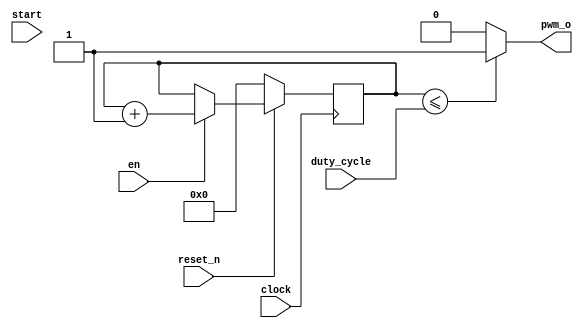
//                              -*- Mode: Verilog -*-
// Description     : test of pwm in verilog
// Author          : 
// Last Modified By: 
// Update Count    : 0
// Status          : Unknown, Use with caution!


module pwm (
	    reset_n,  // 
	    clock,
	    start,
	    en,
	    duty_cycle,
	    pwm_o);

   //  Inputs
   input reset_n;
   input clock;
   input start;
   input en;
   input [7:0] duty_cycle;
   
   
   // Outputs
   output      pwm_o;

   // Wires
   reg 	       start_s;
   wire        start_re;
   

   // Regs
   reg [7:0]   counter;

   // Output affectation
   assign pwm_o = (counter <= duty_cycle) ? 1 : 0;
   

   /* -----\/----- EXCLUDED -----\/-----
    always @(posedge clock)
    begin
    if(!reset_n) 
    start_s <= 0;	 
    else 
    start_s <= start;
     end
    -----/\----- EXCLUDED -----/\----- */
   

   // This process countes
   always @(posedge clock) begin
      if (!reset_n)
	counter <= 8'b0;
      else if(en)
        counter <= counter + 1;
   end
   
   
endmodule // pwm